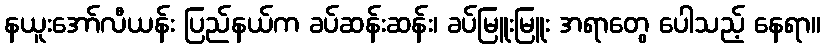
နယူးအော်လီယန်း ပြည်နယ်က ခပ်ဆန်းဆန်း၊ ခပ်မြူးမြူး အရာတွေ ပေါသည့် နေရာ။